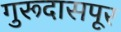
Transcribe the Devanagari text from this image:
गुरूदासपूर